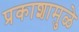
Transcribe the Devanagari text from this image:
प्रकाशामुळे